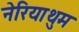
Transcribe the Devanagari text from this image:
नेरियाथुम